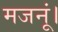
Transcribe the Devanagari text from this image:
मजनूं।